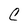
Character: C